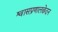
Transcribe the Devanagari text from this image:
श्वासप्रणालछेदन